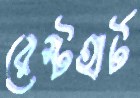
রেস্টহার্ট